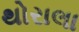
થોરાલા